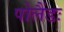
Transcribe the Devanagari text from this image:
पोलैंडः